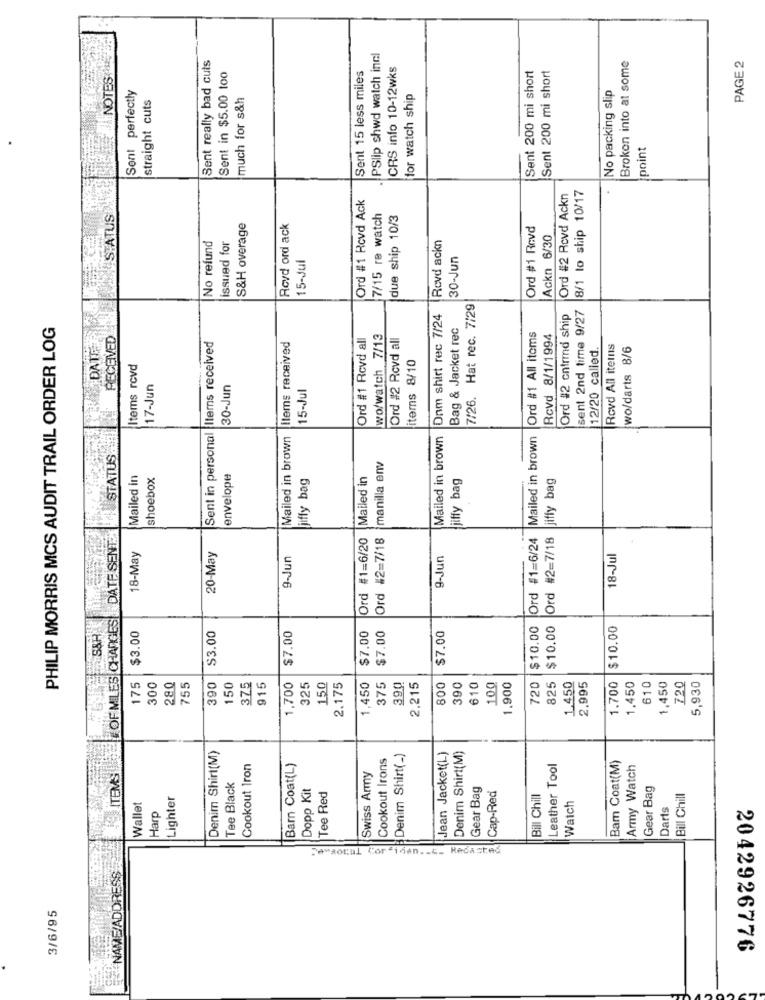
PSlip shwd watch incl
Broken into at some
PAGE 2
Sent really bad cuts
CRS info 10-12wks
Sent 200 mi short
NOTES
Sent in $5.00 too
Sent 15 less miles
Sent 200 mi short
Sent perfectly
straight cuts
much for s&h
for watch ship
No packing slip
point
8/1 lo ship 10/17
Ord #1 Rcvd Ack
Ord #2 Rovd Ackn
STATUS
7/15 re watch
due ship 10/3
S&H overage
Rovd ord ack
Ord #1 Rovd
Ackn 6/30
No refund
issued for
Rovd ackn
15-Jul
30-Jun
7/26. Hat rec. 7/29
sent 2nd time 9/27
Onm shirt rec 7/24
Ord #2 cntrmd ship
PHILIP MORRIS MCS AUDIT TRAIL ORDER LOG
Bag & Jacket rec
RECEIVED
Mailed in brown Items received
Ord #1 Rcvd all
wo/watch 7/13
Ord #2 Rcvd all
Ord #1 All items
Rcvd 8/1/1994
Sent in personal Items received
12/20 called.
Rovd All itemns
wo/darts 8/6
items 8/10
Items rovd
17-Jun
30-Jun
15-Jul
Mailed in brown
Ord #1=6/24 |Mailed in brown
STATUS
manilla env
Mailed in
shoebox
envelope
jiffy bag
Ord #1=6/20 Mailed in
jiffy bag
jiffy bag
OF MILES CHANGES||\DATE SENT"
Ord #2=7/18
Ord #2=7/18
18-May
20-May
9-Jun
9-Jun
18-Jul
$7.00
$7.00
$10.00
$10.00
$10.00
$3.00
$3.00
$7.00
$7.00
1.700
5,930
175
300
280
755
390
150
375
915
1,700
325
150
2.175
1,450
375
390
2.215
800
390
610
100
1.900
720
825
1.450
2.995
1.450
610
1,450
720
Denim Shirt(M)
Cookout Irons
Denim Shirt(_)
Jean Jacket(L)
Denim Shirt(M)
Cookout Iron
Barn Coat(L)
Leather Tool
Bam Coat(M)
Army Watch
Swiss Army
Tee Black
Dopp Kit
Gear Bag
Cap-Red
Gear Bag
Lighter
Tee Red
Bill Chill
Watch
Bill Chill
Wallet
Harp
Darts
.A"aoral Cor inan .. C.
NAME/ADDRESS
3/6/95
2042926776